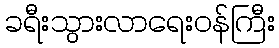
ခရီးသွားလာရေးဝန်ကြီး